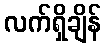
လက်ရှိချိန်